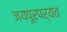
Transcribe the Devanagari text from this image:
जयपूरपर्यंत